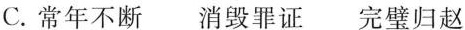
C.常年不断 消毁罪证 完璧归赵